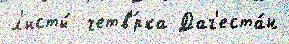
л'исты́  четв'́рка Даг'еста́н